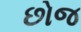
છોજ